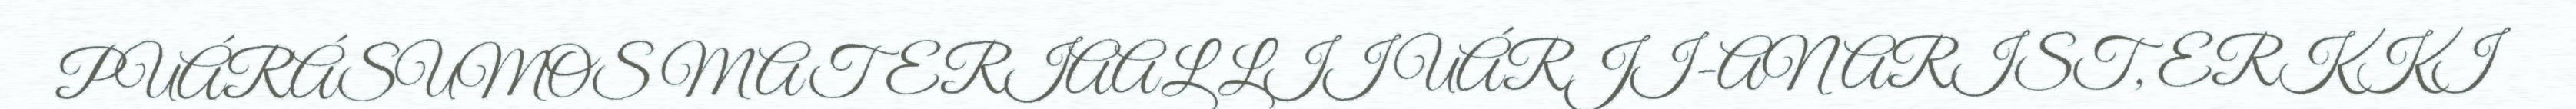
PUÁRÁSUMOS MATERIAAL LII UÁRJI-ANARIST, ERKKI